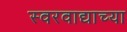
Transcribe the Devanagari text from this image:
स्वरवाद्याच्या